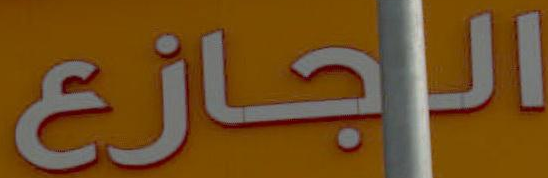
الجازع